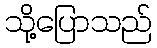
သို့ပြောသည်